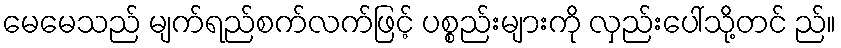
မေမေသည် မျက်ရည်စက်လက်ဖြင့် ပစ္စည်းများကို လှည်းပေါ်သို့တင် ည်။